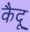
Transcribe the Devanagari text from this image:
कैदू